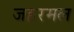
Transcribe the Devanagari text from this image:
जहरमल